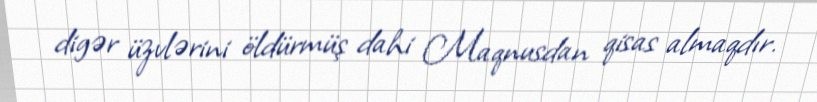
digər üzvlərini öldürmüş dahi Maqnusdan qisas almaqdır.